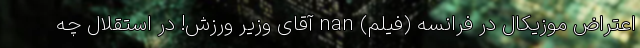
اعتراض موزیکال در فرانسه (فیلم) nan آقای وزیر ورزش! در استقلال چه